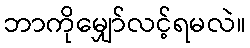
ဘာကိုမျှော်လင့်ရမလဲ။